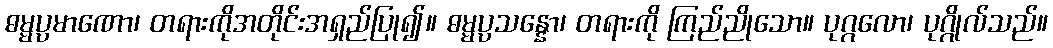
ဓမ္မပ္ပမာဏော၊ တရားကိုအတိုင်းအရှည်ပြု၍။ ဓမ္မပ္ပသန္နော၊ တရားကို ကြည်ညိုသော။ ပုဂ္ဂလော၊ ပုဂ္ဂိုလ်သည်။